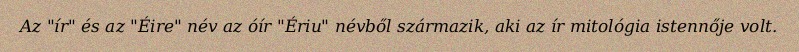
Az "ír" és az "Éire" név az óír "Ériu" névből származik, aki az ír mitológia istennője volt.